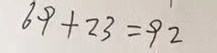
6 9 + 2 3 = 9 2